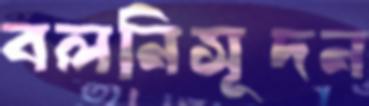
বলনিসূদন